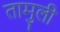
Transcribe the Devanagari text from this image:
तामुली